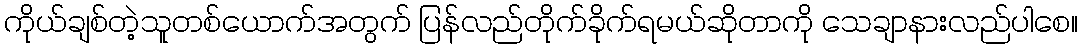
ကိုယ်ချစ်တဲ့သူတစ်ယောက်အတွက် ပြန်လည်တိုက်ခိုက်ရမယ်ဆိုတာကို သေချာနားလည်ပါစေ။